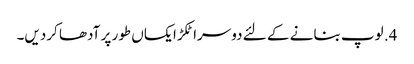
4. لوپ بنانے کے لئے دوسرا ٹکڑا یکساں طور پر آدھا کردیں۔